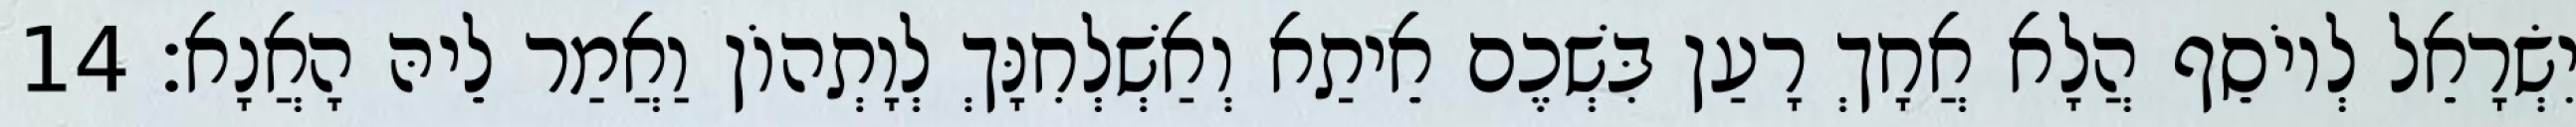
יִשְׂרָאֵל לְיוֹסֵף הֲלָא אֲחָךְ רָעַן בִּשְׁכֶם אֵיתַא וְאַשְׁלְחִנָּךְ לְוָתְהוֹן וַאֲמַר לֵיהּ הָאֲנָא׃ 14